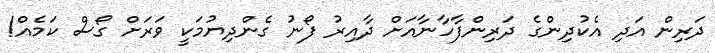
ދަރިން އަދި އެކުދިންގެ ދަރިންފާހާނާއަށް ދާއިރު ފޯނު ގެންދިޔުމަކީ ވަރަށް ގޯސް ކަމެއް!